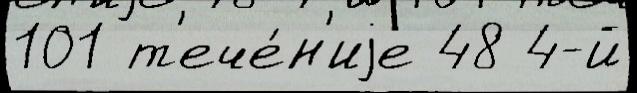
101 т'ече́н'иjе 48 4-й